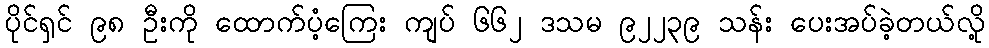
ပိုင်ရှင် ၉၈ ဦးကို ထောက်ပံ့ကြေး ကျပ် ၆၆၂ ဒသမ ၉၂၂၃၉ သန်း ပေးအပ်ခဲ့တယ်လို့